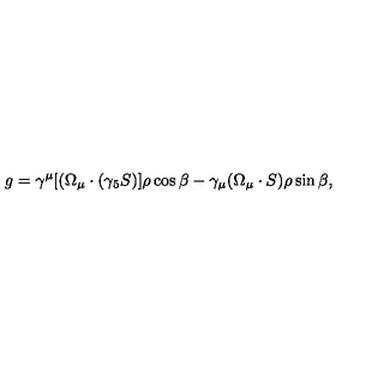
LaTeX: g = \gamma ^ { \mu } [ ( \Omega _ { \mu } \cdot ( \gamma _ { 5 } S ) ] \rho \cos { \beta } - \gamma _ { \mu } ( \Omega _ { \mu } \cdot S ) \rho \sin { \beta } ,